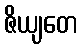
ဇိယျတေ